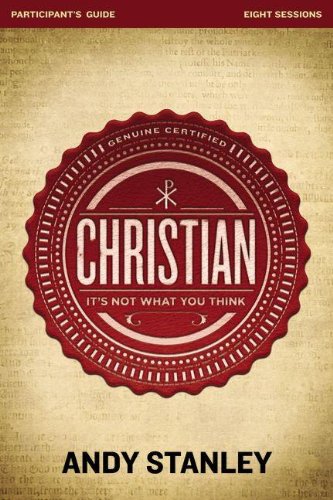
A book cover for Christian Participant's Guide with DVD: It's Not What You Think; Andy Stanley; Christian Books & Bibles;